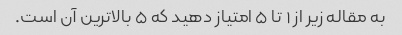
به مقاله زیر از ۱ تا ۵ امتیاز دهید که ۵ بالاترین آن است.